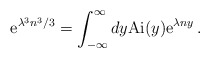
\begin{align*} \mathrm{e}^{\lambda^3 n^3/3} = \int_{-\infty}^\infty dy \mathrm{Ai} (y) \mathrm{e}^{\lambda n y} \,.\end{align*}